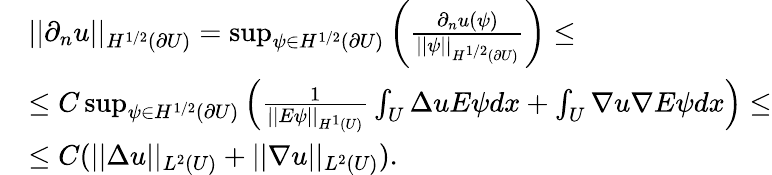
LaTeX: \begin{array}{rl}&{||\partial_{n}u||_{H^{1/2}(\partial U)}=\operatorname*{sup}_{\psi\in H^{1/2}(\partial U)}\left(\frac{\partial_{n}u(\psi)}{||\psi||_{H^{1/2}(\partial U)}}\right)\leq}\\ &{\leq C\operatorname*{sup}_{\psi\in H^{1/2}(\partial U)}\left(\frac{1}{||E\psi||_{H^{1}(U)}}\int_{U}\Delta uE\psi dx+\int_{U}\nabla u\nabla E\psi dx\right)\leq}\\ &{\leq C(||\Delta u||_{L^{2}(U)}+||\nabla u||_{L^{2}(U)}).}\end{array}